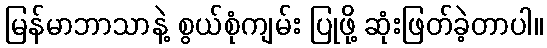
မြန်မာဘာသာနဲ့ စွယ်စုံကျမ်း ပြုဖို့ ဆုံးဖြတ်ခဲ့တာပါ။